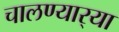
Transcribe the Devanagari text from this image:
चालण्यार्‍या